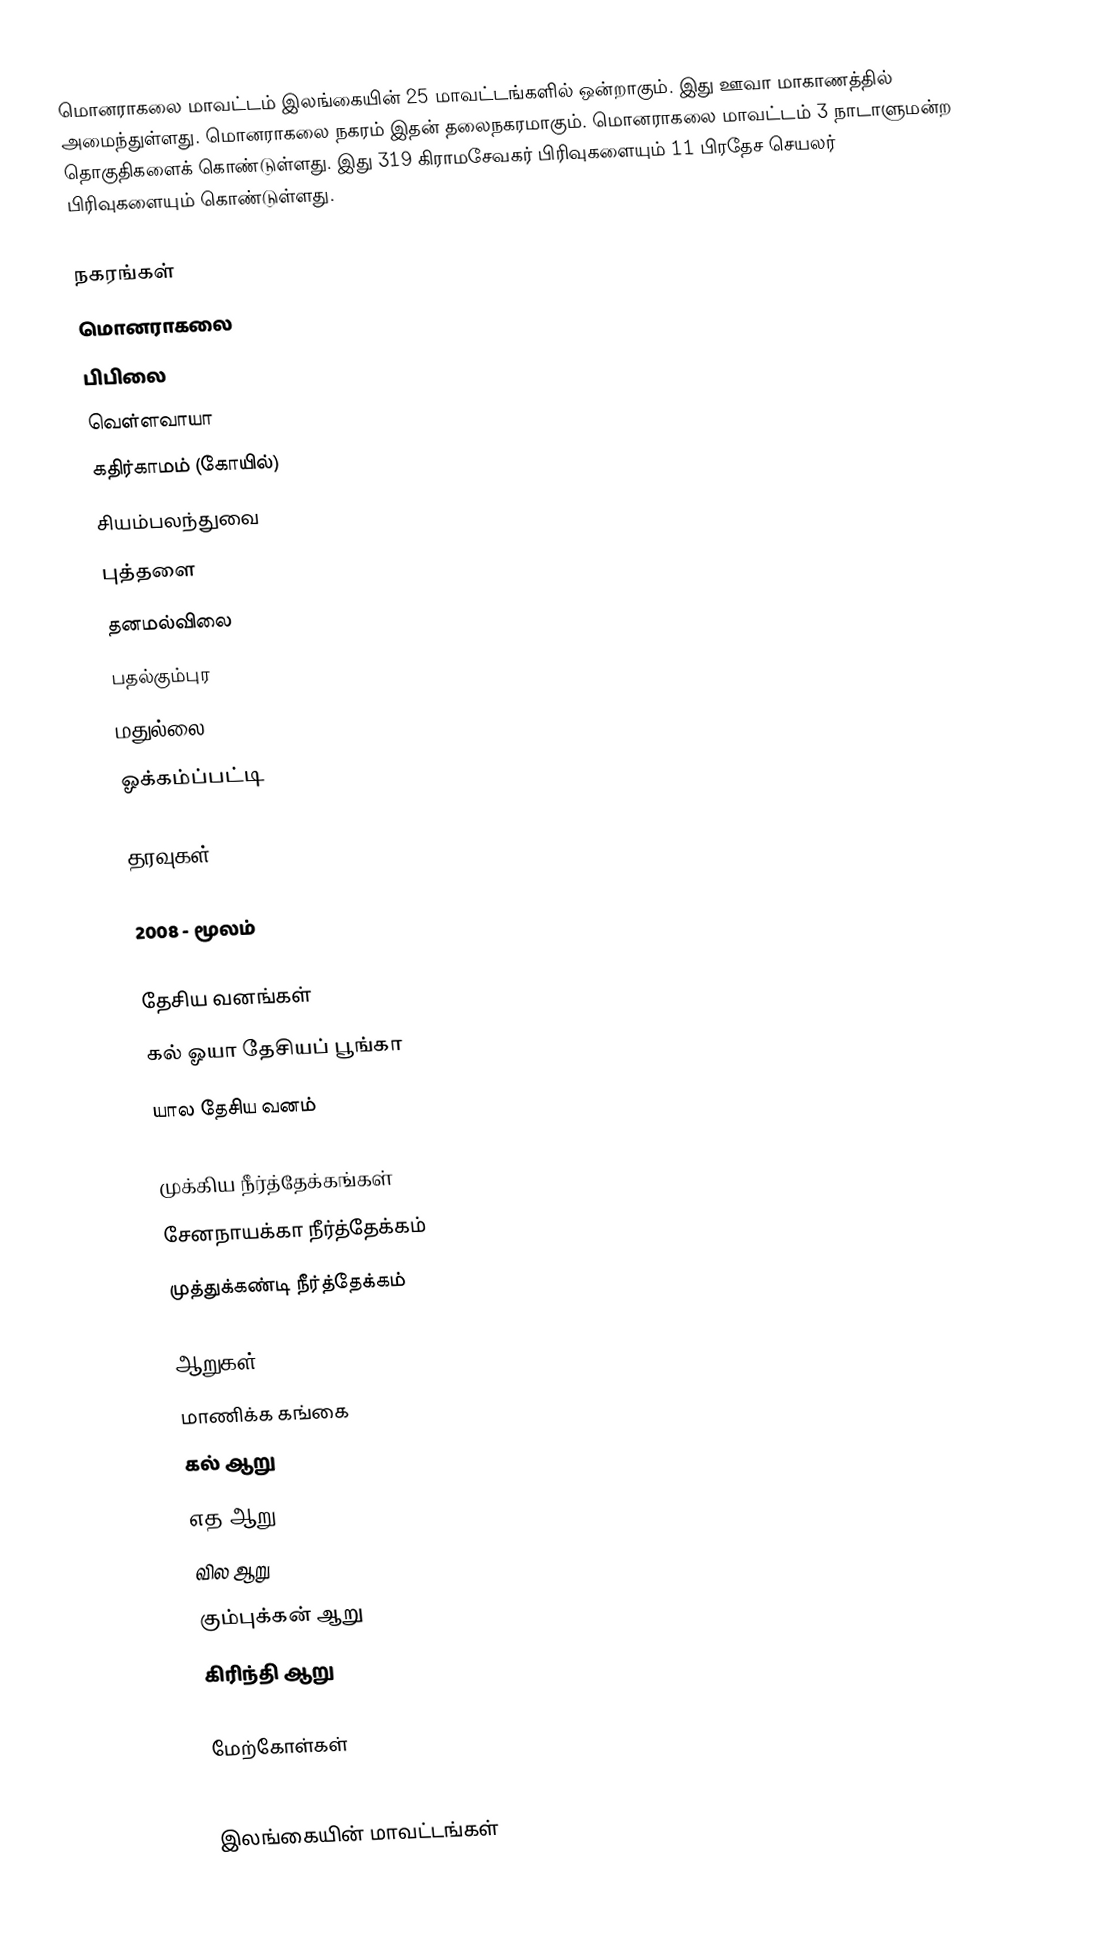
மொனராகலை மாவட்டம் இலங்கையின் 25 மாவட்டங்களில் ஒன்றாகும். இது ஊவா மாகாணத்தில் அமைந்துள்ளது. மொனராகலை நகரம் இதன் தலைநகரமாகும்.   மொனராகலை மாவட்டம் 3 நாடாளுமன்ற தொகுதிகளைக் கொண்டுள்ளது. இது 319  கிராமசேவகர் பிரிவுகளையும் 11 பிரதேச செயலர் பிரிவுகளையும் கொண்டுள்ளது.

நகரங்கள்
 மொனராகலை
 பிபிலை
 வெள்ளவாயா
 கதிர்காமம் (கோயில்)
 சியம்பலந்துவை
 புத்தளை
 தனமல்விலை
 பதல்கும்புர
 மதுல்லை
 ஓக்கம்ப்பட்டி

தரவுகள்

2008 - மூலம்

தேசிய வனங்கள்
 கல் ஓயா தேசியப் பூங்கா
 யால தேசிய வனம்

முக்கிய நீர்த்தேக்கங்கள்
 சேனநாயக்கா நீர்த்தேக்கம்
 முத்துக்கண்டி நீர்த்தேக்கம்

ஆறுகள்
 மாணிக்க கங்கை
 கல் ஆறு
 எத ஆறு
 வில ஆறு
 கும்புக்கன் ஆறு
 கிரிந்தி ஆறு

மேற்கோள்கள்

இலங்கையின் மாவட்டங்கள்